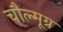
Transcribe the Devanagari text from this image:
चौल्मूग्र